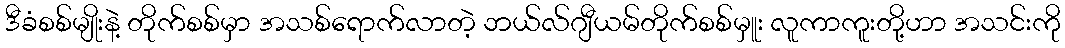
ဒီခံစစ်မျိုးနဲ့ တိုက်စစ်မှာ အသစ်ရောက်လာတဲ့ ဘယ်လ်ဂျီယမ်တိုက်စစ်မှူး လူကာကူးတို့ဟာ အသင်းကို